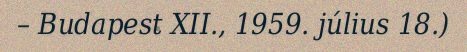
– Budapest XII., 1959. július 18.)